Account of plague administration in the Bombay Presidency from September 1896 till May 1897
Year: 1896
Disease focus: Plague
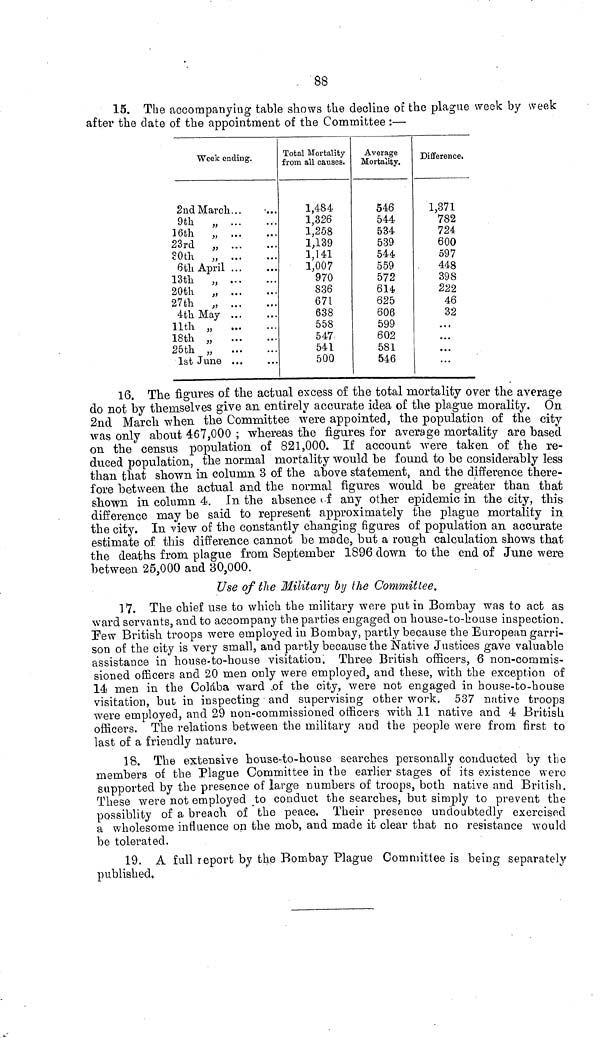
88
15. The accompanying table shows the decline of the plague week by week
after the date of the appointment of the Committee :—
Week ending.
2ndMarch
9th
„
16th
„
23rd
„
80th
„
6 th April
13th
„
20th
„
27th
„
4th May
11th „
18th „
25th „
1st June ...
Total Mortality
from all causes.
1,484
1,326
1,258
1,139
1,141
1,007
970
836
671
638
558
547
541
500
Average
Mortality.
546
544
534
539
544
559
572
614.
625
606
599
602
581
546
Difference.
1,371
782
724
600
597
448
398
222
46
32
. ..
...
...
...
16. The figures of the actual excess of the total mortality over the average
do not by themselves give an entirely accurate idea of the plague morality. On
2nd March when the Committee were appointed, the population of the city
was only about 467,000 ; whereas the figures for average mortality are based
on the census population of 821,000. If account were taken of the re-
duced population, the normal mortality would be found to be considerably less
than that shown in column 3 of the above statement, and the difference there-
fore between the actual and the normal figures would be greater than that
shown in column 4. In the absence of any other epidemic in the city, this
difference may be said to represent approximately the plague mortality in
the city. In view of the constantly changing figures of population an accurate
estimate of this difference cannot be made, but a rough calculation shows that
the deaths from plague from September 1896 down to the end of June were
between 25,000 and 30,000.
Use of the Military by the Committee.
17. The chief use to which the military were put in Bombay was to act as
ward servants, and to accompany the parties engaged on house-to-house inspection.
Pew British troops were employed in Bombay, partly because the European garri-
son of the city is very small, and partly because the Native Justices gave valuable
assistance in house-to-house visitation. Three British officers, 6 non-commis-
sioned officers and 20 men only were employed, and these, with the exception of
lé men in the Colaba ward of the city, were not engaged in house-to-house
visitation, but in inspecting and supervising other work. 537 native troops
were employed, and 29 non-commissioned officers with 11 native and 4 British
officers. The relations between the military and the people were from first to
last of a friendly nature.
18. The extensive house-to-house searches personally conducted by the
members of the Plague Committee in the earlier stages of its existence were
supported by the presence of large numbers of troops, both native and British.
These were not employed to conduct the searches, but simply to prevent the
possiblity of a breach of the peace. Their presence undoubtedly exercised
a wholesome influence on the mob, and made it clear that no resistance would
be tolerated.
19. A full report by the Bombay Plague Committee is being separately
published,